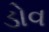
ડોવ